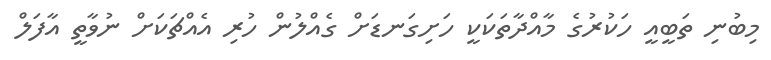
މިބުނި ތަބީއީ ހަކުރުގެ މާއްދާތަކަކީ ހަށިގަނޑަށް ގެއްލުން ހުރި އެއްޗަކަށް ނުވާތީ އާފަލް